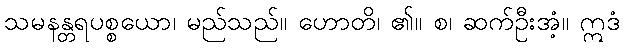
သမနန္တရပစ္စယော၊ မည်သည်။ ဟောတိ၊ ၏။ စ၊ ဆက်ဦးအံ့။ ဣဒံ